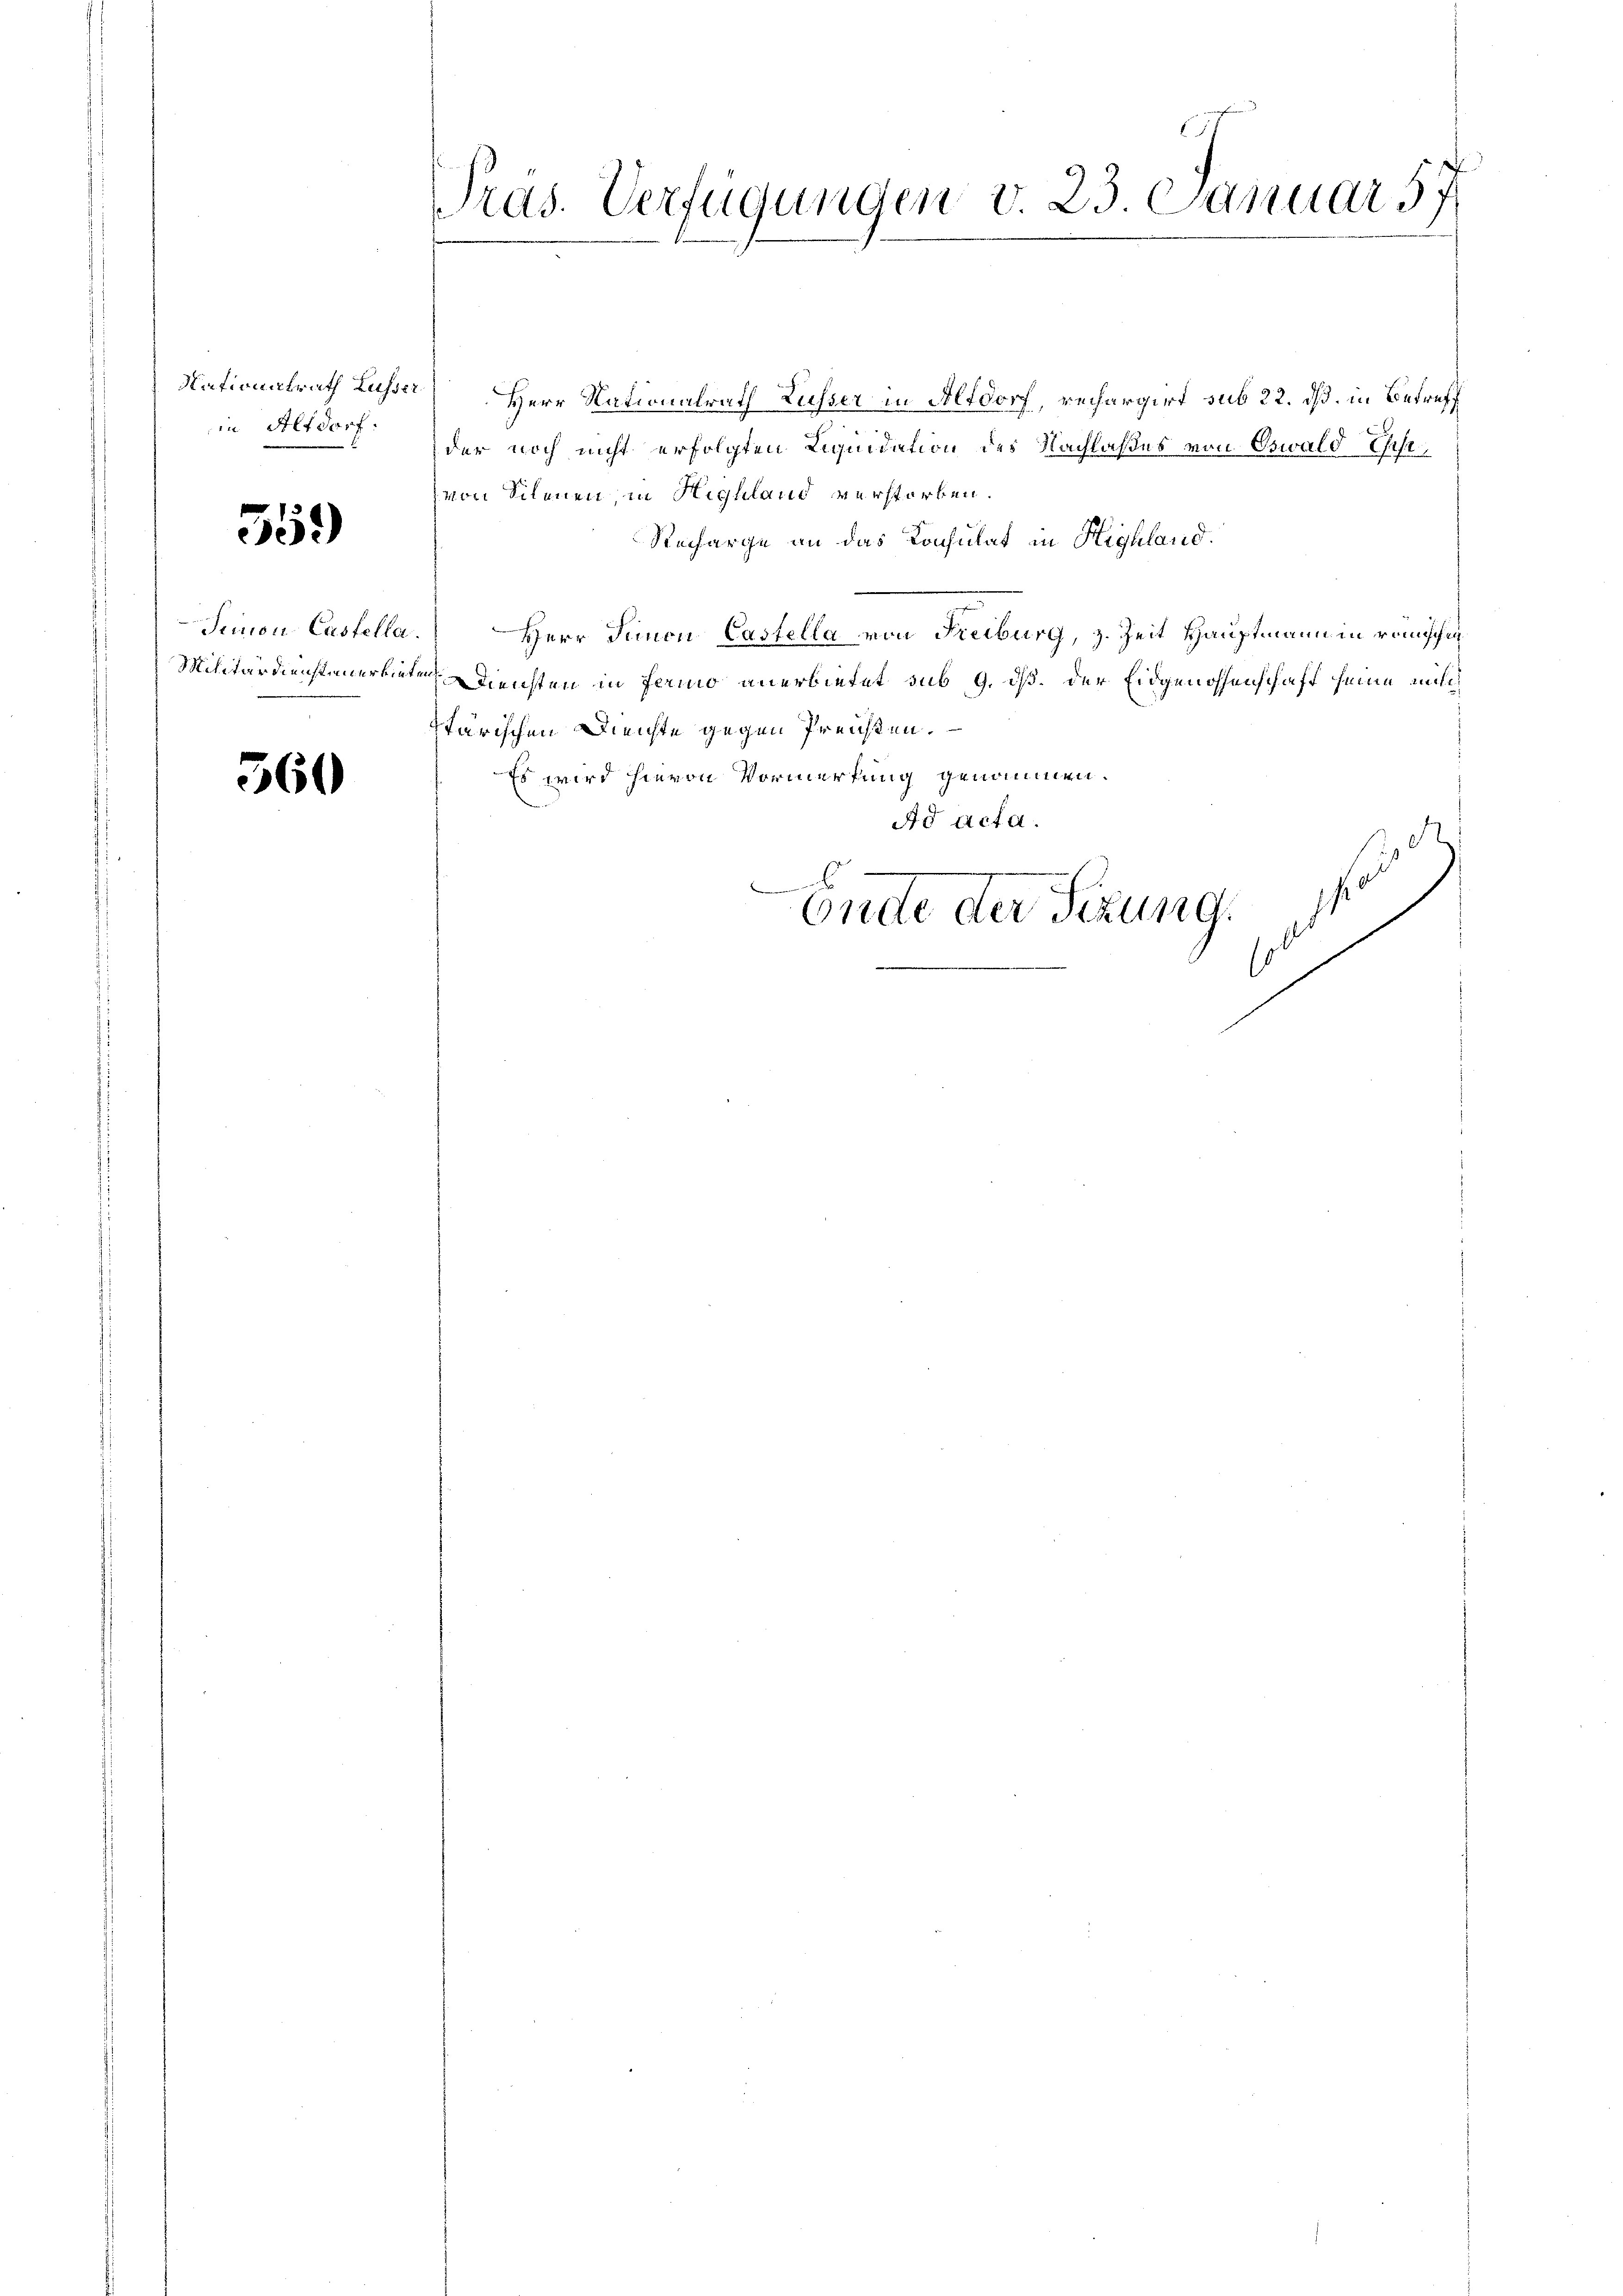
Nationalrath Lusser
in Altdorf.

359)

Trimon Castella

560

Präs. Verfügungen v. 23. Januar 57

Herr Nationalrath Russer in Altdorf, rechargirt sub 22. dß. in Betreff
der noch nicht erfolgten Liquidation des Nachlaßes von Oswald Ehest,
von Silenen, in Highland verstorben.
Recharge an das Konsulat in Highland.
Herr Simon Castella von Freiburg, z. Zeit Hauptmann in römischig
Militärdiensteuerbieten Diensten in Ferio anerbietet sub 9. dß. der Eidgenossenschaft seine mich
Itärischen Dienste gegen Preisen.
Es wird hievon Vormerkung genommen.
Ad acta.
40
Ende der Sezung.